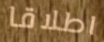
اطلاقا